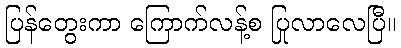
ပြန်တွေးကာ ကြောက်လန့်စ ပြုလာလေပြီ။